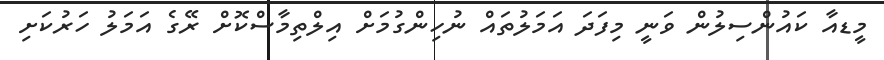
މީޑއާ ކައުންސިލުން ވަނީ މިފަދަ އަމަލުތައް ނުހިންގުމަށް އިލްތިމާސްކޮށް ރޭގެ އަމަލު ހަރުކަށި